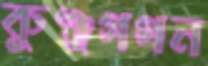
কুঞ্জগগন